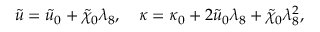
{ \tilde { u } } = { \tilde { u } } _ { 0 } + \tilde { \chi } _ { 0 } \lambda _ { 8 } , \quad \kappa = \kappa _ { 0 } + 2 { \tilde { u } } _ { 0 } \lambda _ { 8 } + \tilde { \chi } _ { 0 } \lambda _ { 8 } ^ { 2 } ,